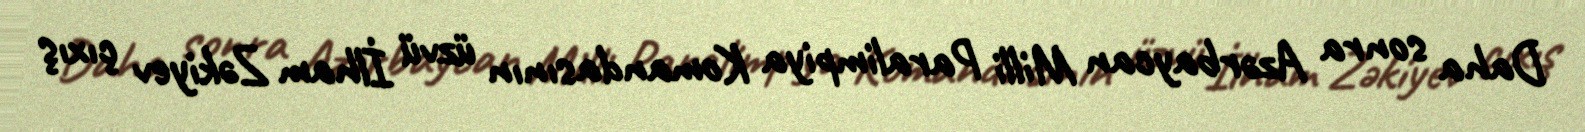
Daha sonra Azərbaycan Milli Paralimpiya Komandasının üzvü İlham Zəkiyev çıxış